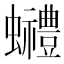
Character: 𧕬